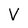
Character: V